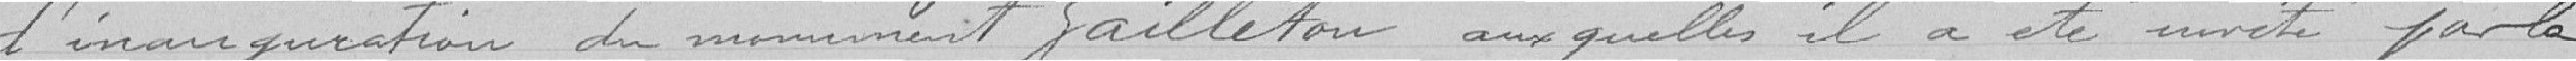
d'inauguration du monument GAILLETON, auxquelles il a été invité par la